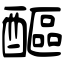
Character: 醧